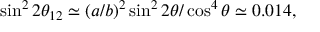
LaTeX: \sin ^ { 2 } 2 \theta _ { 1 2 } \simeq ( a / b ) ^ { 2 } \sin ^ { 2 } 2 \theta / \cos ^ { 4 } \theta \simeq 0 . 0 1 4 ,